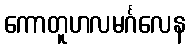
ကောတူဟလမင်္ဂလေန